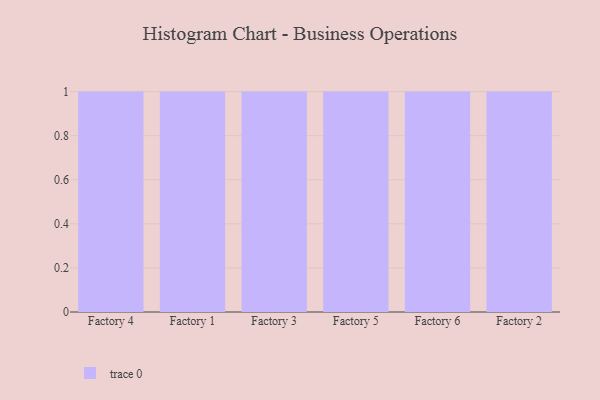
{"axis": {"x": "Factory", "y": "Population (Million)"}, "legend": [""], "data": [{"x": "Factory 4", "y": 24, "type": ""}, {"x": "Factory 1", "y": 21, "type": ""}, {"x": "Factory 3", "y": 80, "type": ""}, {"x": "Factory 5", "y": 32, "type": ""}, {"x": "Factory 6", "y": 35, "type": ""}, {"x": "Factory 2", "y": 55, "type": ""}]}